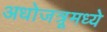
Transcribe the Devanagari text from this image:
अधोजत्रूमध्ये